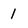
Character: 1